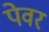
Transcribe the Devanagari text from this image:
पेवर